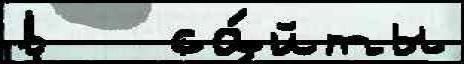
в   са́йты